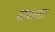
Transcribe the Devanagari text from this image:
पापरताः